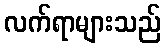
လက်ရာများသည်